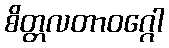
စိတ္တလတာဝဂ္ဂေါ